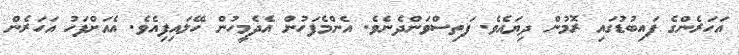
އަހަރެންގެ ފައިބުޑުގައި ރޮމުން ދިޔައެވެ. ފަތިސްވަންދެނެވެ. އެންމެފަހުން އެދެމީހުން ހޭލައިފިއެވެ. އެއަށްފަހު އަހަރެން